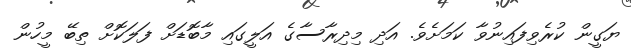
ޔަގީން ކުރެވިފައިނުވާ ކަމަށެވެ. އަދި މިދިރާސާގެ އަލީގައި މާބޮޑަށް ފަލަކޮށް ތިބޭ މީހުން